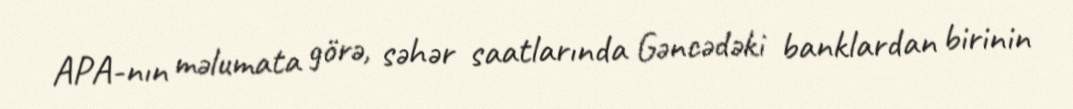
APA-nın məlumata görə, səhər saatlarında Gəncədəki banklardan birinin